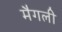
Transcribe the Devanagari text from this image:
मैगली